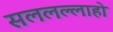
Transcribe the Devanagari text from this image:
सललल्लाहो